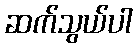
ဆက်သွယ်ပါ